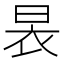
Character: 𮲢